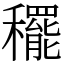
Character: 䆉